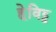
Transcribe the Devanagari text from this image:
हेविट्ट